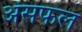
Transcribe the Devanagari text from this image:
अंसफल